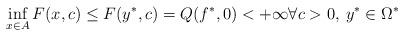
LaTeX: \begin{align*} \inf_{x \in A} F(x, c) \le F(y^*, c) = Q(f^*, 0) < + \infty \forall c > 0, \: y^* \in \Omega^*\end{align*}